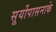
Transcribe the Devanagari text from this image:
सूर्योपासनाके